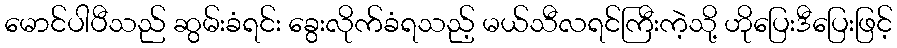
မောင်ပါပီသည် ဆွမ်းခံရင်း ခွေးလိုက်ခံရသည့် မယ်သီလရင်ကြီးကဲ့သို့ ဟိုပြေးဒီပြေးဖြင့်